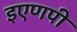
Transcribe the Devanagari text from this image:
इएणपी